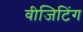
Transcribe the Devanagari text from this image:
वीजिटिंग